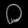
Digit: ၀